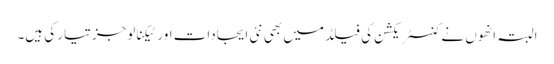
البتہ انھوں نے کنسٹریکشن کی فیلڈ میں بھی نئی ایجادات اور ٹیکنالوجز تیار کی ہیں۔